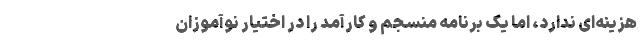
هزینه‌ای ندارد، اما یک برنامه منسجم و کارآمد را در اختیار نوآموزان